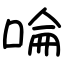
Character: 㖮